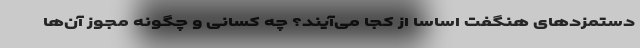
دستمزدهای هنگفت اساسا از کجا می‌آیند؟ چه کسانی و چگونه مجوز آن‌ها